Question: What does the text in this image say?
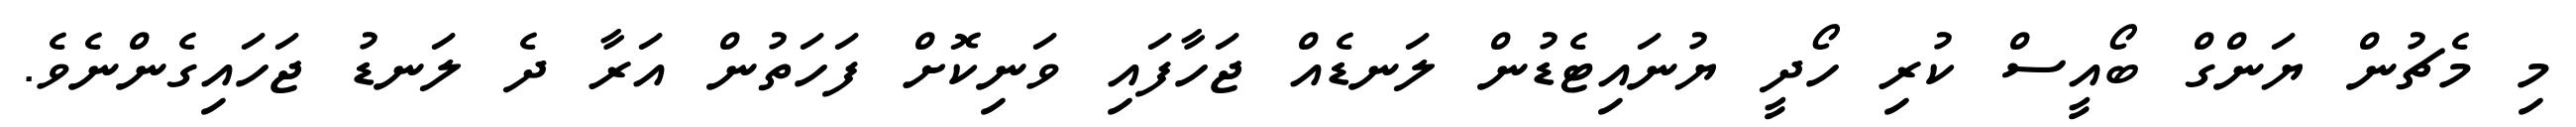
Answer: މި މެޗުން ޔަންގް ބޯއީސް ކުރި ހޯދީ ޔުނައިޓެޑުން ލަނޑެއް ޖަހާފައި ވަނިކޮށް ފަހަތުން އަރާ ދެ ލަނޑު ޖަހައިގެންނެވެ.